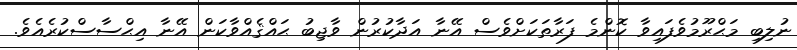
ނުލިބި މަޙްރޫމުވެފައިވާ ކޮންމެ ފަރާތަކަށްވެސް އޭނާ އަދާކުރުން ވާޖިބު ޙައްޤެއްވާކަން އޭނާ އިޙްސާސްކުރެއެވެ.